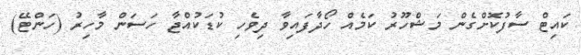
ކައިޓް ސާފުކޮށްގެން މަޝްހޫރު ކަމެއް ހޯދާފައިވާ ދިވެހި ކުޑަކުއްޖާ ހަސަން މާހިރު (ހަންޓޭ)